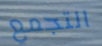
التجمع